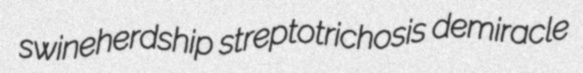
swineherdship streptotrichosis demiracle